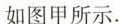
如图甲所示。